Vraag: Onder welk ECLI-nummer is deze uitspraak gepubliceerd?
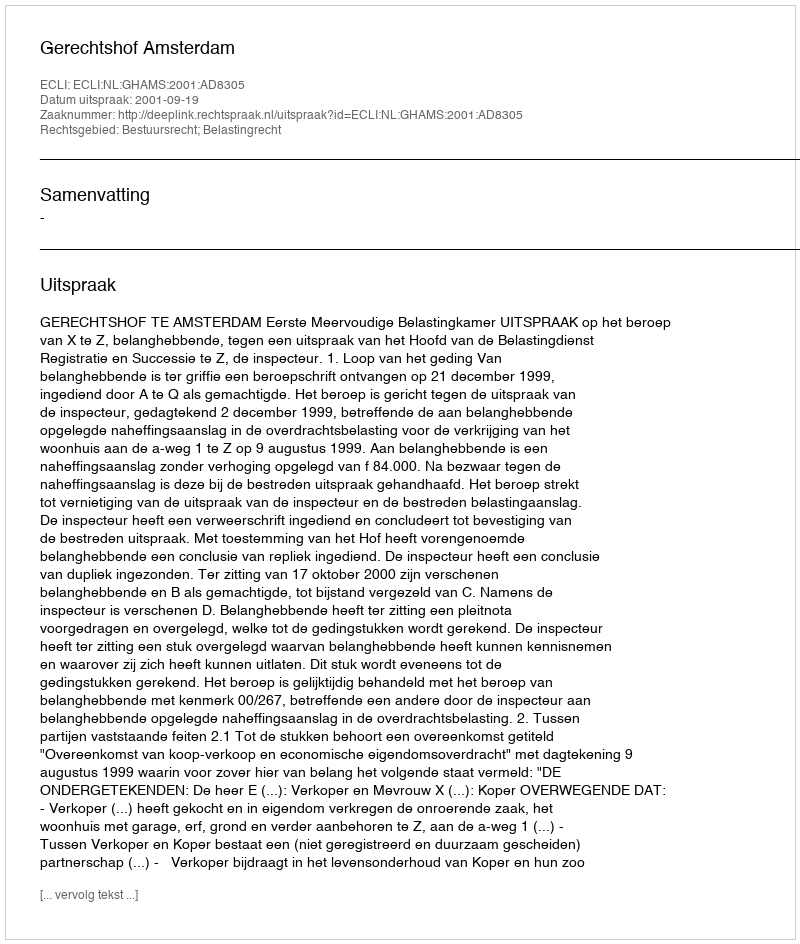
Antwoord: ECLI:NL:GHAMS:2001:AD8305